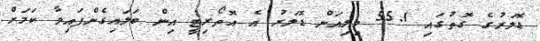
ޑޮލަރުގެ ގޮތުގައި 55.1 މިލިއަން ޑޮލަރު އެ އޮތޯރިޓީ އިން ބަލައިގެންފައިވާ ކަމަށް